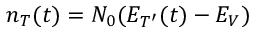
n _ { T } ( t ) = N _ { 0 } ( E _ { T ^ { \prime } } ( t ) - E _ { V } )